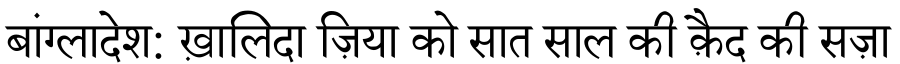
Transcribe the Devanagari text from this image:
बांग्लादेश: ख़ालिदा ज़िया को सात साल की क़ैद की सज़ा